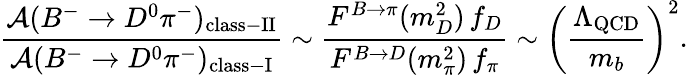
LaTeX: \frac{{\cal A}(B^{-}\to D^{0}\pi^{-})_{\mathrm{class\mathrm{-}II}}}{{\cal A}(B^{-}\to D^{0}\pi^{-})_{\mathrm{class\mathrm{-}I}}}\sim\frac{F^{B\to\pi}(m_{D}^{2})\, f_{D}}{F^{B\to D}(m_{\pi}^{2})\, f_{\pi}}\sim\left(\frac{\Lambda_{\mathrm{QCD}}}{m_{b}}\right)^{2}.